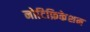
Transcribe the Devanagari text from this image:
नोटिफ़िकेशन